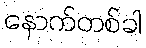
နောက်တစ်ခါ